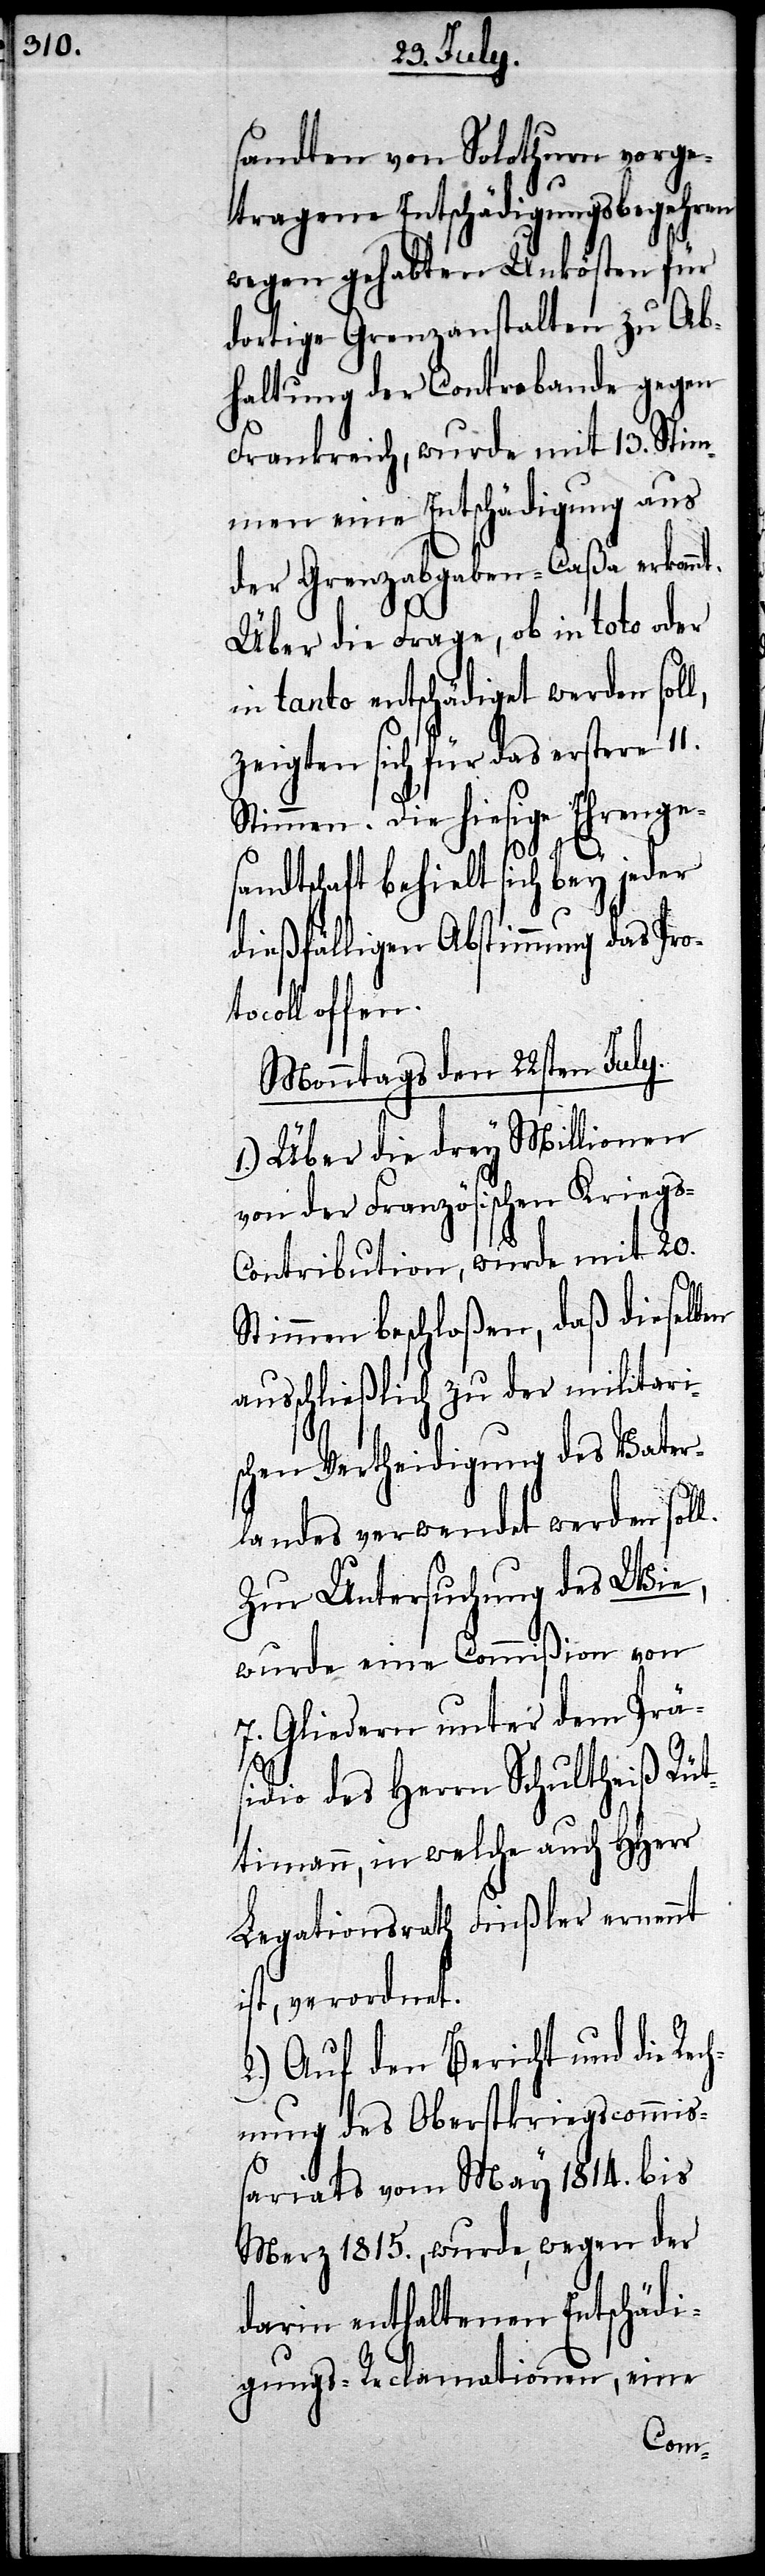
sandten von Solothurn vorge¬
tragene Entschädigungsbegehren
wegen gehabten Unkosten für
dortige Grenzanstalten zu Ab¬
haltung der Contrabande gegen
Frankreich, wurde mit 13. Stim¬
men eine Entschädigung aus
der Grenzabgaben-Caßa erkannt.
Über die Frage, ob in toto oder
in tanto entschädiget werden so¬
zeigten sich für das erstere 11.
Stimmen. Die hiesige Ehrenge¬
l.
sandtschaft behielt sich bey jeder
dießfälligen Abstimmung das Pro¬
coll offen.
Monntags den 22sten July.
1.) Über die drey Millionen
von der Französischen Kriegs-C¬
ontribution, wurde mit 20.
Stimmen beschloßen, daß dieselbe
ausschließlich zu der militari¬
schen Vertheidigung des Vater¬
landes verwendet werden sol¬
Zur Untersuchung des Wie,
wurde eine Commißion von
7. Gliedern unter dem Prä¬
sidio des Herrn Schultheiß Rü¬
timann, in welche auch HHerr
Legationsrath Finßler ernennt
ist, verordnet.
2.) Auf den Bericht und die Rec¬
hnung des Oberstkriegscommiß¬
ariats vom May 1814. bis
Merz 1815., wurde, wegen der
darin enthaltenen Entschädi¬
gungs-Reclamationen, eine
to¬